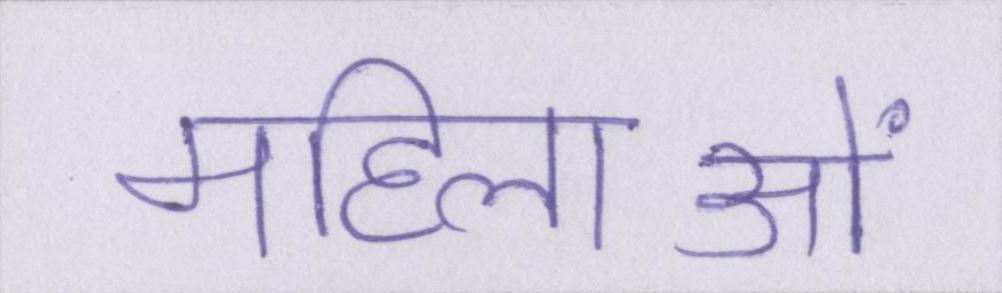
महिलाओं